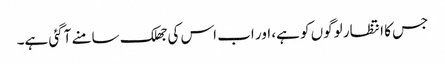
جس کا انتظار لوگوں کو ہے، اور اب اس کی جھلک سامنے آگئی ہے۔